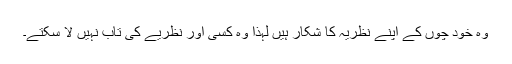
وہ خود چوں کے اپنے نظریہ کا شکار ہیں لہٰذا وہ کسی اور نظریے کی تاب نہیں لا سکتے۔